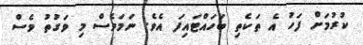
ކުރުމަށް ފަހު އެ ތަކެތި ބަހައްޓައިފަ އެވެ. ނަމަވެސް މި ވަގުތު ވެސް